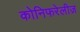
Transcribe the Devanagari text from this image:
कोनिफरेलीज़